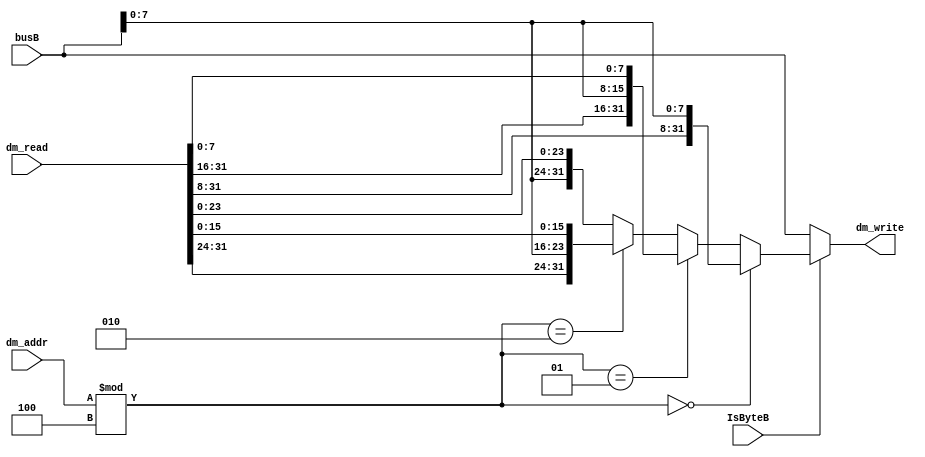
module sb (
    dm_addr,busB,dm_read,dm_write,
    IsByteB
);

input IsByteB;
input[31:0] dm_addr;
input[31:0] busB,dm_read;
output reg[31:0] dm_write;

integer j;

initial begin
    dm_write=0;
    j=0;    
end

always @(*) begin
    if(IsByteB)begin
        j=dm_addr%4;
        if(j==0)begin
            dm_write<={dm_read[31:8],busB[7:0]};
        end
        else if(j==1)begin
            dm_write<={dm_read[31:16],busB[7:0],dm_read[7:0]};
        end
        else if(j==2)begin
            dm_write<={dm_read[31:24],busB[7:0],dm_read[15:0]};
        end
        else begin
            dm_write<={busB[7:0],dm_read[23:0]};
        end
    end
    else begin
        dm_write<=busB;
    end
end

endmodule